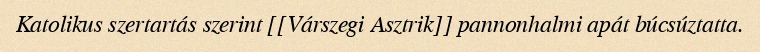
Katolikus szertartás szerint [[Várszegi Asztrik]] pannonhalmi apát búcsúztatta.